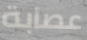
عصابة